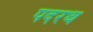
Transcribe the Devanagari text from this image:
पदरथ